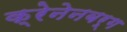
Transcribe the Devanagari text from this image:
क्रेनेनबर्ग